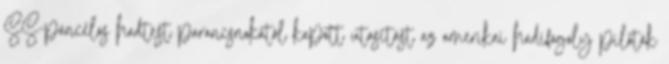
SS-páncélos hadtest parancsnokától kapott utasítást az amerikai hadifogoly pilóták